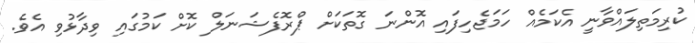
ކުރިމަތިލައްވާނީ އެކަމެއް ހަމަޖެހިފައި އޮންނަ ގޮތަކަށް ޕްރޮފެޝަނަލް ކޮށް ކަމުގައި ވިދާޅުވި އެވެ.